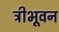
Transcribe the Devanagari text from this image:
त्रीभूवन